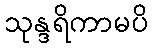
သုန္ဒရိကာမပိ